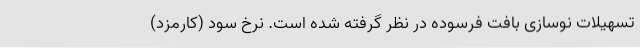
تسهیلات نوسازی بافت فرسوده در نظر گرفته شده است. نرخ سود (کارمزد)